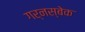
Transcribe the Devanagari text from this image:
गर्नस्बेक